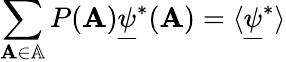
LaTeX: \sum_{\mathbf{A}\in\mathbb{A}}P(\mathbf{A})\underline{{\psi}}^{*}(\mathbf{A})=\langle\underline{{\psi}}^{*}\rangle